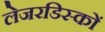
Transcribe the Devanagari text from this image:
लेजरडिस्कों